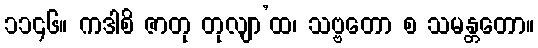
၁၁၄၆။ ကဒါစိ ဇာတု တုလျာ’ထ၊ သဗ္ဗတော စ သမန္တတော။